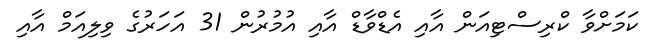
ކަމަށްވާ ކްރިސްޓިއަން އާއި އެޑްވާޑް އާއި އުމުރުން 31 އަހަރުގެ ވިލިއަމް އާއި